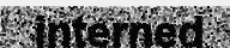
interned